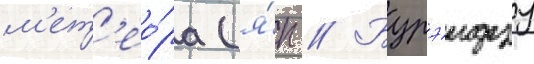
м'ет'ео́ра (я́п // Бурэидзу